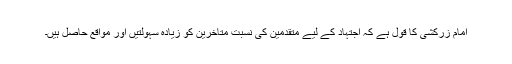
امام زرکشی کا قول ہے کہ اجتہاد کے لیے متقدمین کی نسبت متاخرین کو زیادہ سہولتیں اور مواقع حاصل ہیں۔